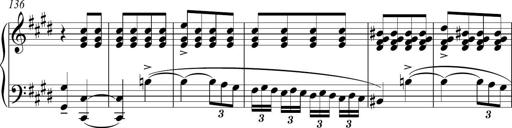
Title: Funeral March and Sonatina
Composer: Thomas Hellemans
Key: C-sharp minor